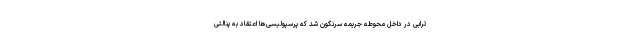
ترابی در داخل محوطه جریمه سرنگون شد که پرسپولیسی‌ها اعتقاد به پنالتی